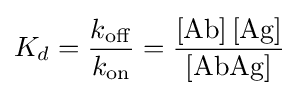
K_{d}={\frac {k_{{\ce {off}}}}{k_{{\ce {on}}}}}={\frac {{\ce {[Ab] [Ag]}}}{{\ce {[AbAg]}}}}